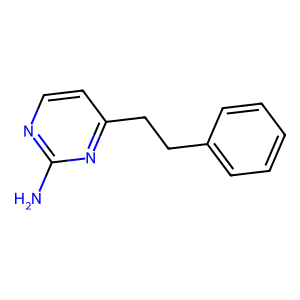
SMILES: Nc1nccc(CCc2ccccc2)n1
Inhibits HIV replication: No